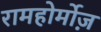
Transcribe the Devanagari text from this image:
रामहोर्मोज़